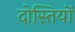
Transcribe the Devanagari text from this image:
दोस्तियों